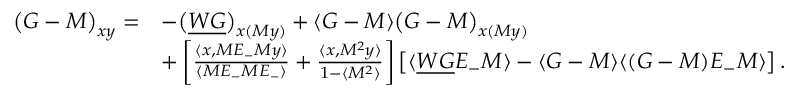
\begin{array} { r l } { \big ( G - M \big ) _ { \boldsymbol { x } \boldsymbol { y } } = } & { - \big ( \underline { { W G } } \big ) _ { \boldsymbol { x } ( M \boldsymbol { y } ) } + \langle G - M \rangle \big ( G - M \big ) _ { \boldsymbol { x } ( M \boldsymbol { y } ) } } \\ & { + \left[ \frac { \langle \boldsymbol { x } , M E _ { - } M \boldsymbol { y } \rangle } { \langle M E _ { - } M E _ { - } \rangle } + \frac { \langle \boldsymbol { x } , M ^ { 2 } \boldsymbol { y } \rangle } { 1 - \langle M ^ { 2 } \rangle } \right] \big [ \langle \underline { { W G } } E _ { - } M \rangle - \langle G - M \rangle \langle ( G - M ) E _ { - } M \rangle \big ] \, . } \end{array}